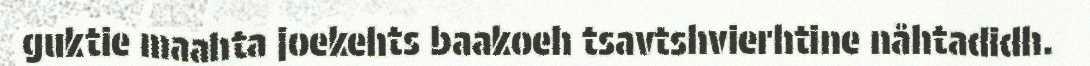
guktie maahta joekehts baakoeh tsavtshvierhtine nåhtadidh.